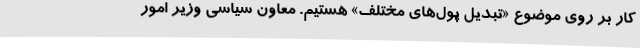
کار بر روی موضوع «تبدیل پول‌های مختلف» هستیم. معاون سیاسی وزیر امور